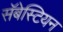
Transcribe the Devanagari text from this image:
सॅबेस्टियन